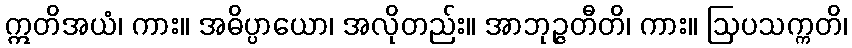
ဣတိအယံ၊ ကား။ အဓိပ္ပာယော၊ အလိုတည်း။ အာဘုဉ္ဇတီတိ၊ ကား။ ဩပသက္ကတိ၊